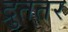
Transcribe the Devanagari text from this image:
द्रुततर